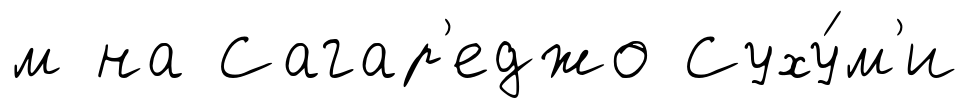
м на Сагар'еджо Суху́м'и